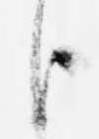
臣